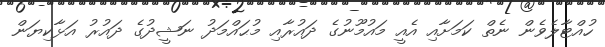
ހުއްޓާލެވެން ނެތް ކަމަށާއި އެއީ މައުމޫނުގެ ދައުރާއި މުޙައްމަދު ނަޝީދުގެ ދައުރު އަޅާކިޔަން